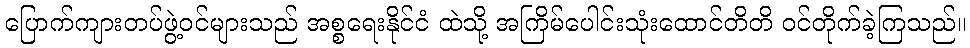
ပြောက်ကျားတပ်ဖွဲ့ဝင်များသည် အစ္စရေးနိုင်ငံ ထဲသို့ အကြိမ်ပေါင်းသုံးထောင်တိတိ ဝင်တိုက်ခဲ့ကြသည်။